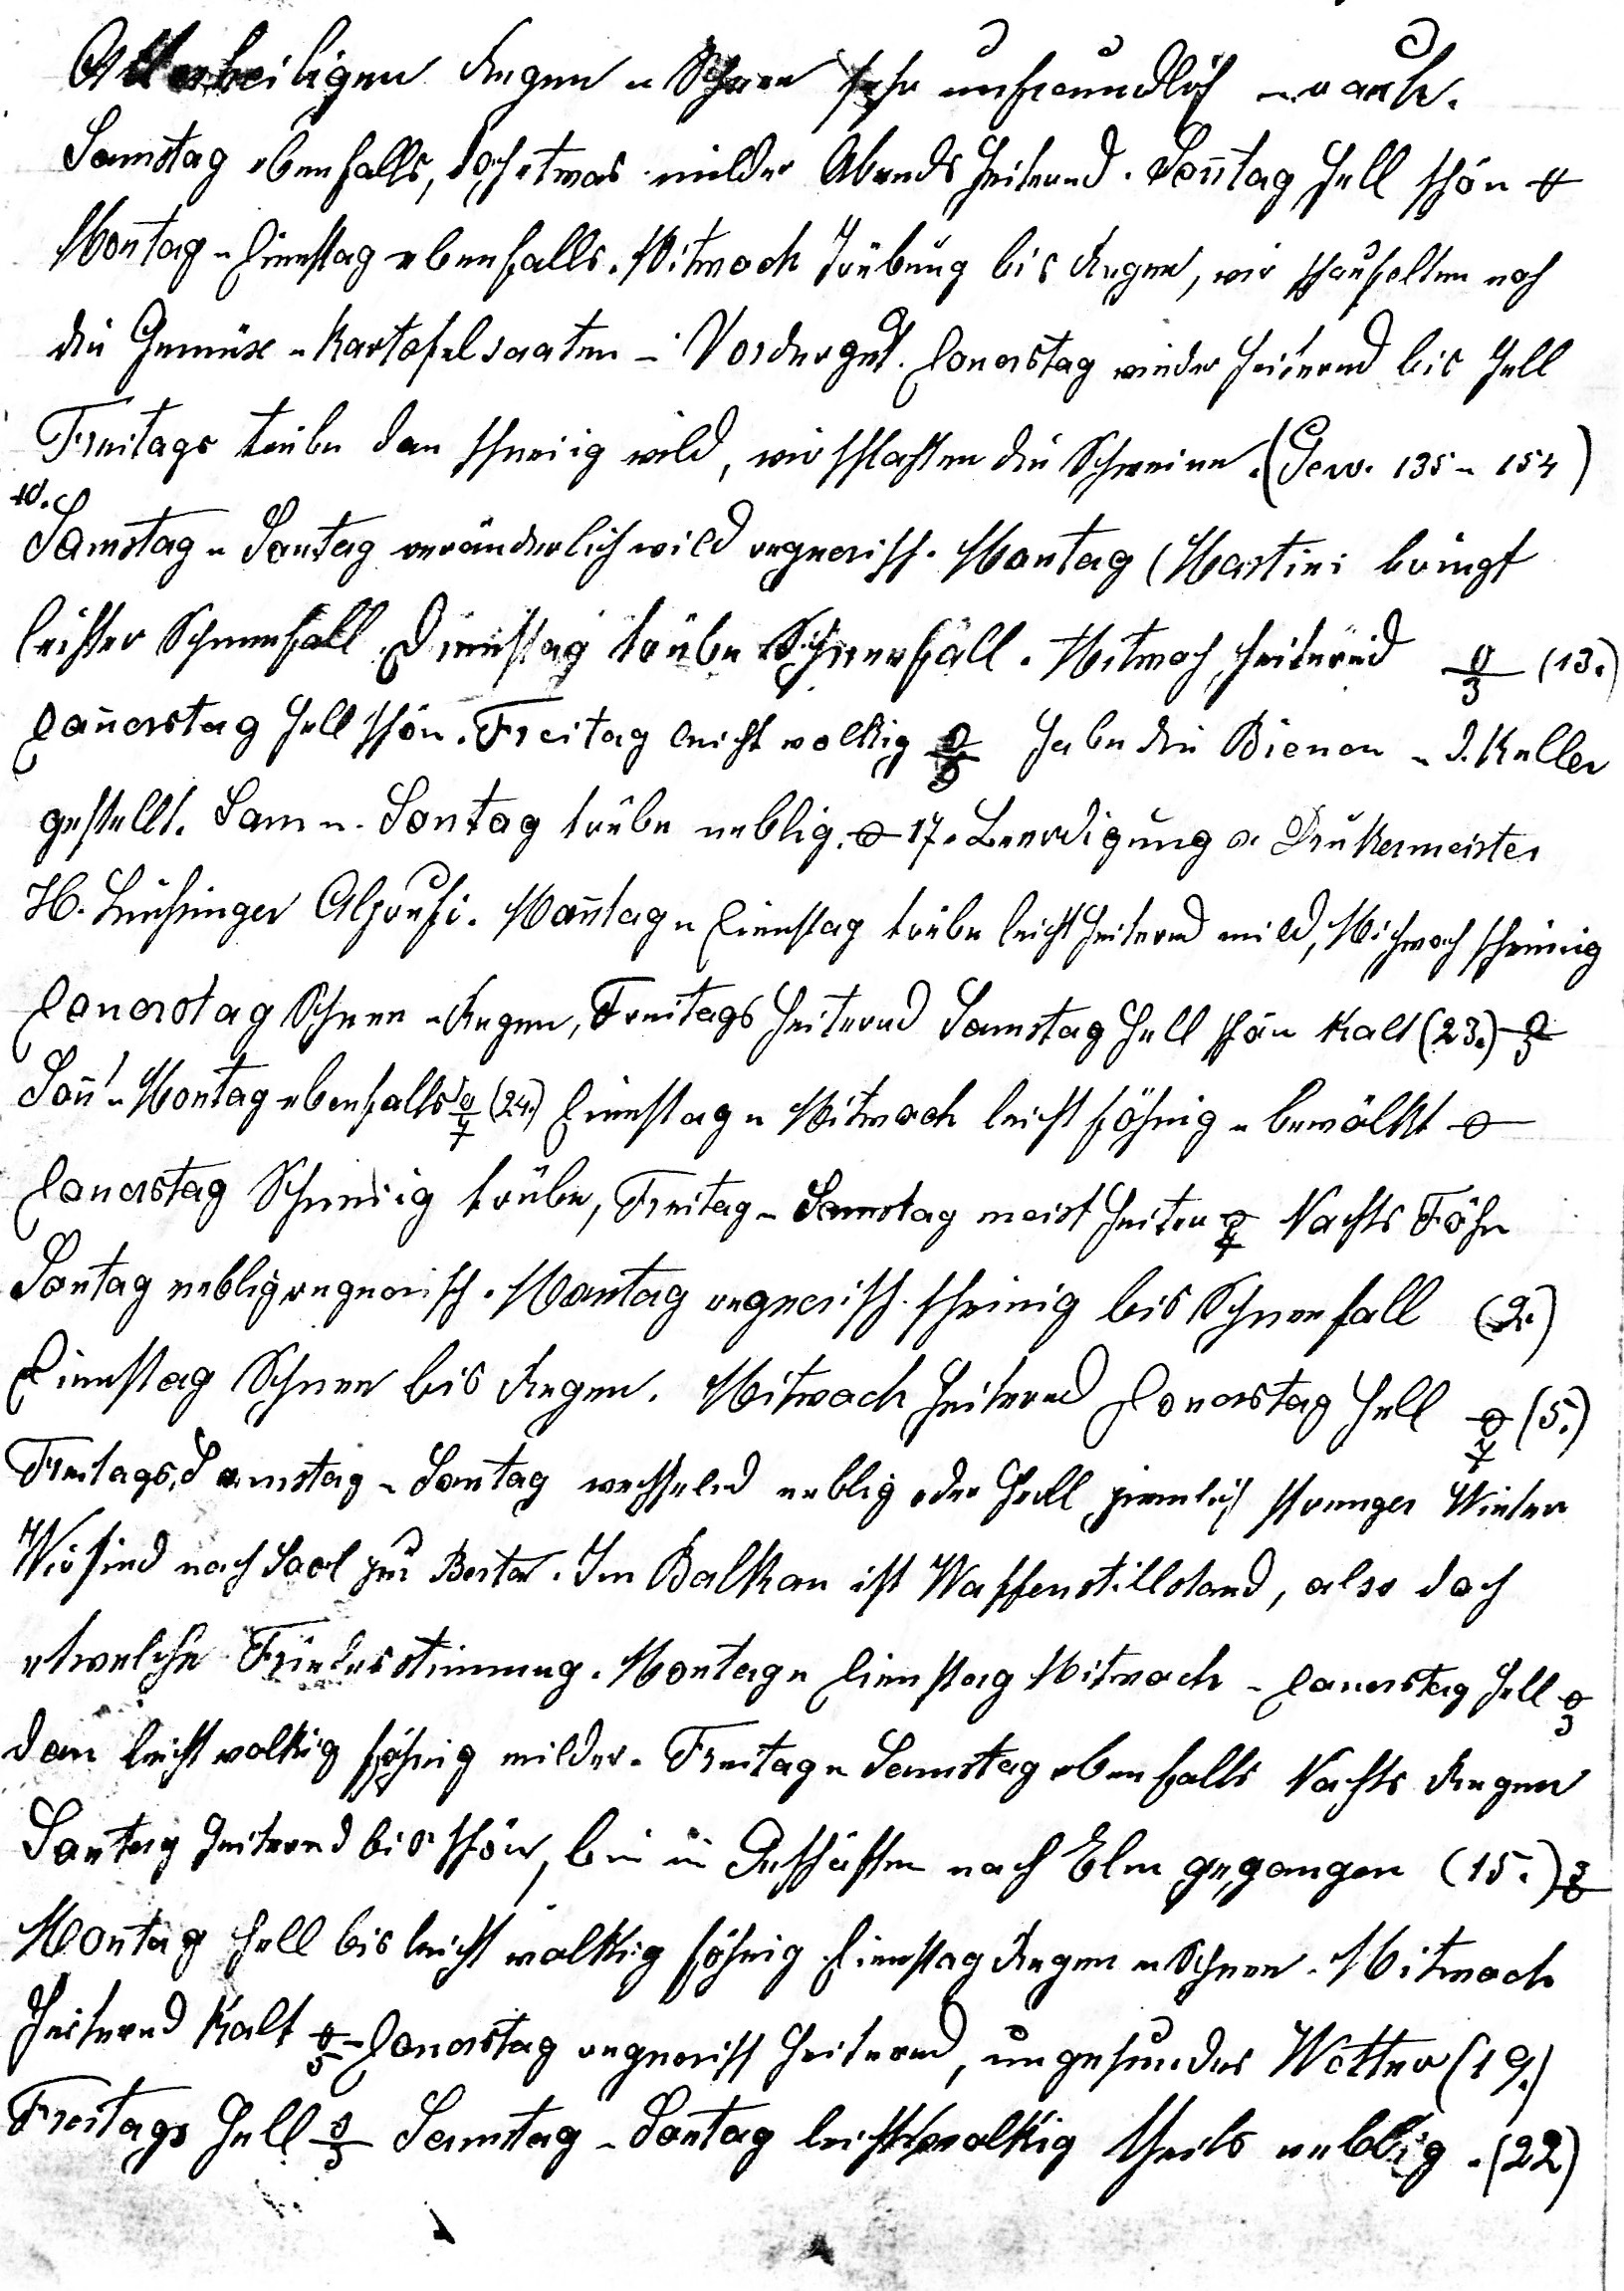
Allerheiligen Regen u Schnee sehr unfreundlich u rauh.
Samstag ebenfalls, doch etwas milder Abends heiternd. Sonntag hell schön 0o.
Montag u Dienstag eben¬falls. Mitwoch Trübung bis Regen, wir schaufelten noch
die Gemüse u Kartofel¬saaten im Vordergut. Donerstag wieder heiternd bis hell
Freitags trübe dan schneiig wild, wir schlachten die Schweine (Gew. 135 u 154).
10.
Samstag u Sontag veränderlich wild regnerisch. Montag Martini) bringt
leichter Schneefall Dienstag trübe Schneefall. Mitwoch heiternd -3o (13.
Donerstag hell schön. Frei¬tag leicht neblig -5o habe die Bienen in d. Keller
gestellt. Sam. u Sontag trübe neblig. 0o. 17. Beerdigung v Drukermeister
H. Luchsinger Alprufi. Montag u Dienstag trübe leicht heiternd mild, Mi schwach schneiig
Donerstag Schnee u Regen, Freitags heiternd Samstag hell schön kalt (23.) -5o
Sonnt. u Montag ebenfalls -7o Dienstag u Mitwoch leicht föhnig u bewölkt 0o
Donerstag Schneiig trübe, Freitag u Samstag meist heiternd -4o Nachts Föhn
Sontag neblig reg¬nerisch. Montag regnerisch schneiig bis Schneefall (2.)
Dienstag Schnee bis Regen. Mitwoch heiternd Donerstag hell -7o (5.)
Freitags, Samstag u Sontag wechselnd neblig oder hell, ziemlich strenger Winter.
Wir sind nach Sool zu Bertha. Im Balkan ist Waffenstillstand, also doch
etwelche Friedensstimmung. Montag u Dienstag, Mitwoch u Donerstag hell -3o
dan leicht wolkig föhnig milder. Freitag u Samstag ebenfalls Nachts Regen
Sontag heiternd bis schön, bin in Geschäften nach Elm gegangen (15.) -3o
Montag hell bis leicht wolkig föhnig Dienstag Regen u Schnee. Mitwoch
heiternd kalt -5o Donerstag regnerisch hei¬ternd, ungesundes Wetter (19.)
Freitags hell -3o Sams- u Sontag leicht wolkig theils neblig. (22.)